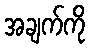
အချက်ကို